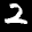
Label: 2